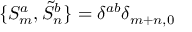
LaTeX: \{ S _ { m } ^ { a } , \tilde { S } _ { n } ^ { b } \} = \delta ^ { a b } \delta _ { m + n , 0 }